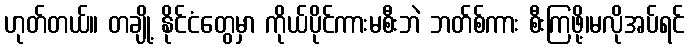
ဟုတ်တယ်။ တချို့ နိုင်ငံတွေမှာ ကိုယ်ပိုင်ကားမစီးဘဲ ဘတ်စ်ကား စီးကြဖို့၊မလိုအပ်ရင်